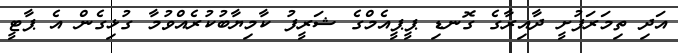
އަދި ތިމަރަފުށީ ދާއިރާގެ ގޮނޑި ޕީޕީއެމްގެ ޝަރީފު ކާމިޔާބުކުރެއްވުމާ ގުޅިގެން އެ ޕާޓީ